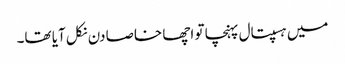
میں ہسپتال پہنچا تو اچھا خاصا دن نکل آیا تھا۔